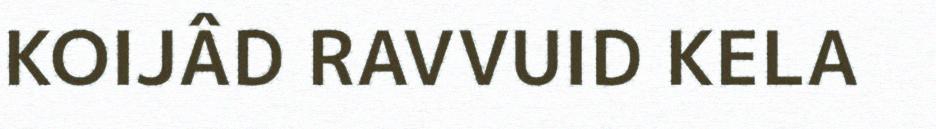
KOIJÂD RAVVUID KELA